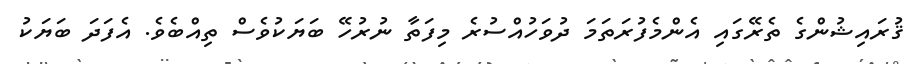
ޤުރައިޝުންގެ ތެރޭގައި އެންމެފުރަތަމަ ދުވަހުއްސުރެ މިފަތާ ނުރުހޭ ބަޔަކުވެސް ތިއްބެވެ. އެފަދަ ބަޔަކު